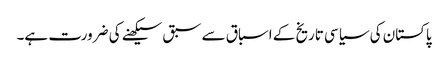
پاکستان کی سیاسی تاریخ کے اسباق سے سبق سیکھنے کی ضرورت ہے۔